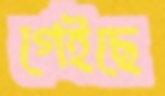
গেইছে